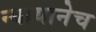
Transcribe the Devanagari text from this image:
न्यायानेच